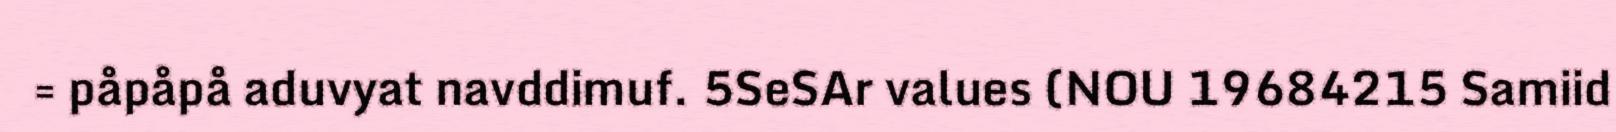
= påpåpå aduvyat navddimuf. 5SeSAr values (NOU 19684215 Samiid